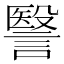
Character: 𧫦